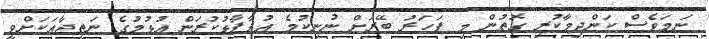
ނަމަވެސް ކަންދިމާކުރި ގޮތުން މި ފަހަރު ބޭރަށް ނުނިކުމެ އުފާފާޅުކުރަން އުޅުމުގެ ނަތީޖާއަކަށްވީ